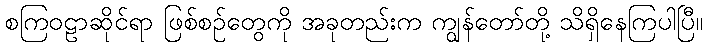
စကြဝဠာဆိုင်ရာ ဖြစ်စဉ်တွေကို အခုတည်းက ကျွန်တော်တို့ သိရှိနေကြပါပြီ။